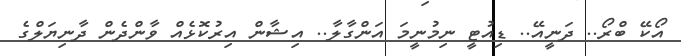
އޯކޭ ބްރޯ.. ދަނީއޭ.. ޑިއުޓީ ނިމުނީމަ އަންގާލާ.. އިޝާން އިރުކޮޅެއް ވާންދެން ދާނިޔަލްގެ